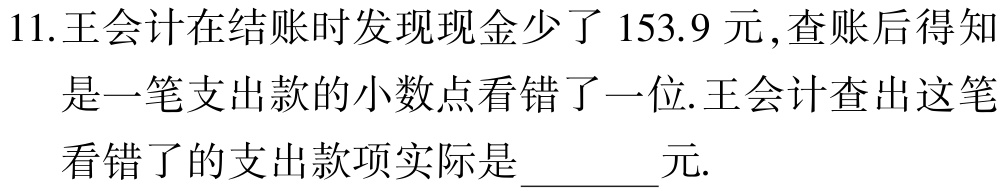
11.王会计在结账时发现现金少了$153.9$元,查账后得知是一笔支出款的小数点看错了一位.王会计查出这笔看错了的支出款项实际是$\underline{\quad\quad}$元.